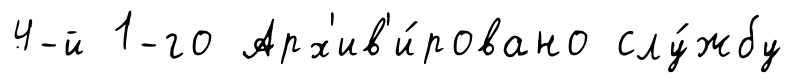
4-й 1-го Арх'ив'и́ровано слу́жбу